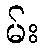
မ်း